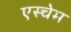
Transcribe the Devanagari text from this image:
एस्चेम